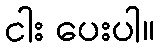
ငါး ပေးပါ။